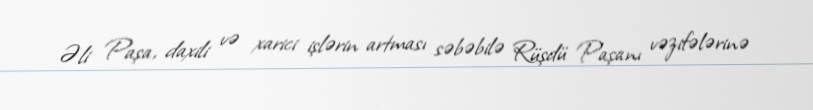
Əli Paşa, daxili və xarici işlərin artması səbəbilə Rüşdü Paşanı vəzifələrinə